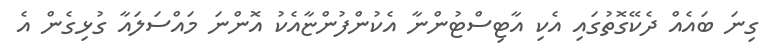
ގިނަ ބައެއް ދެކޭގޮތުގައި އެކި އާޓިސްޓުންނާ އެކުންފުންޏާއެކު އޮންނަ މައްސަލައާ ގުޅިގެން އެ